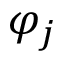
{ \varphi } _ { j }